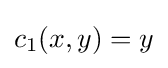
c_{1}(x,y)=y